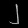
Digit: ၂